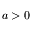
a > 0